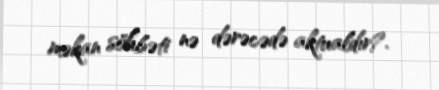
məkan söhbəti nə dərəcədə aktualdır?.